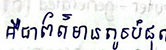
គឺជាព័ត៌មានតូចបំផុត